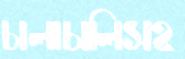
চালাচালিসহ